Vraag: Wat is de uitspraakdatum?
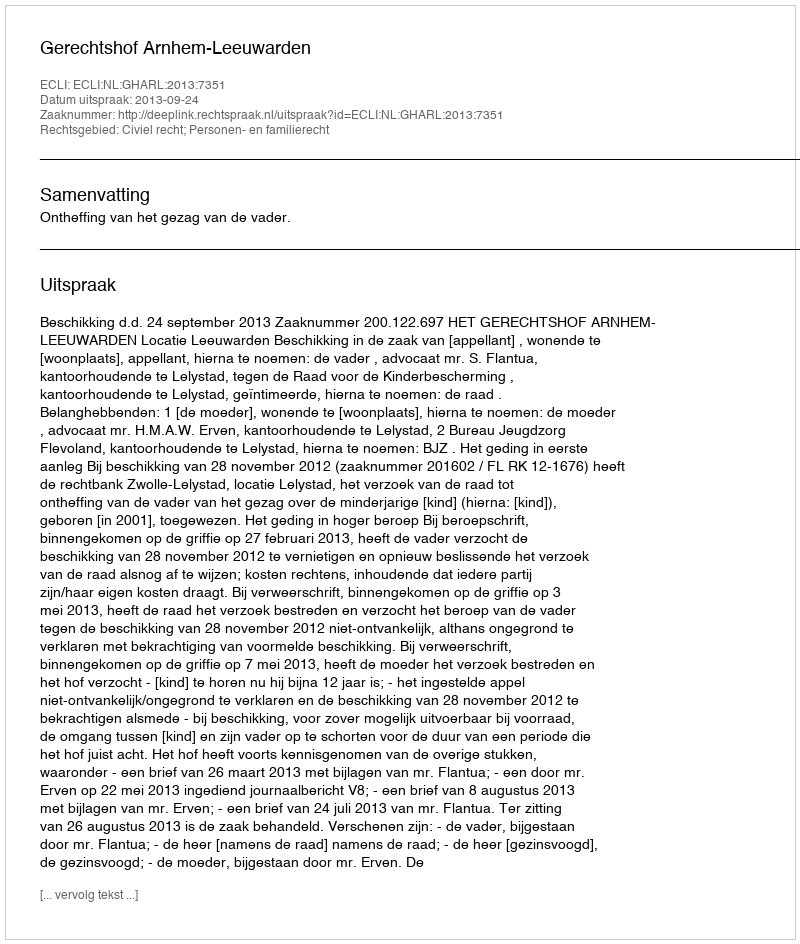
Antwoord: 2013-09-24